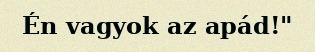
Én vagyok az apád!"